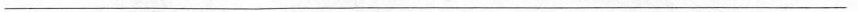
___